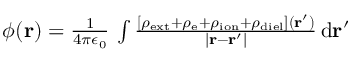
\begin{array} { r } { \phi ( \mathbf { r } ) = \frac { 1 } { 4 \pi \epsilon _ { 0 } } \, \int \frac { \left[ \rho _ { \mathrm { e x t } } + \rho _ { \mathrm { e } } + \rho _ { \mathrm { i o n } } + \rho _ { \mathrm { d i e l } } \right] ( \mathbf { r } ^ { \prime } ) } { | \mathbf { r } - \mathbf { r } ^ { \prime } | } \, \mathrm { d } \mathbf { r } ^ { \prime } } \end{array}